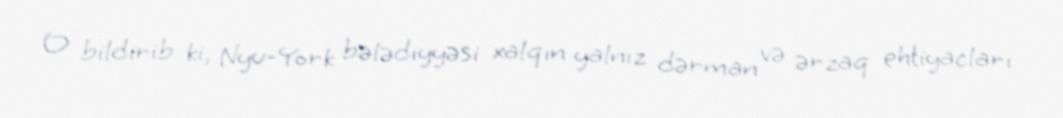
O bildirib ki, Nyu-York bələdiyyəsi xalqın yalnız dərman və ərzaq ehtiyacları